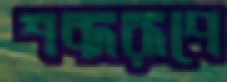
শব্দরূপে